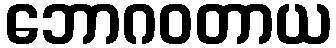
ဘောဂဝတာယ